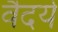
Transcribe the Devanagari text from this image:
वैदर्य